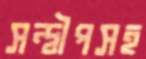
সন্দ্বীপসহ